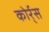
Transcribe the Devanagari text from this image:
कोर्र्स